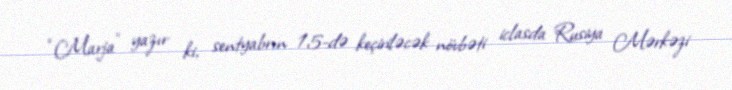
“Marja” yazır ki, sentyabrın 15-də keçiriləcək növbəti iclasda Rusiya Mərkəzi